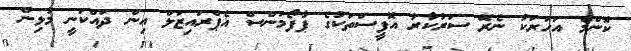
ކޮންމެ އަހަރަކު ނެރޭ ސަރުކާރު އޮފީސްތަކުގެ ޕާފޯމަންސް އެޕްރައިޒަލް އިން ދައްކަނީ މުޅިން